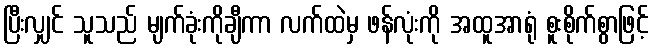
ပြီးလျှင် သူသည် မျက်ခုံးကိုချီကာ လက်ထဲမှ ဖန်လုံးကို အထူအာရုံ စူးစိုက်စွာဖြင့်